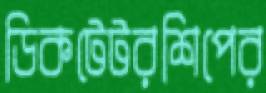
ডিকটেটরশিপের